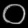
Digit: ၀